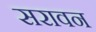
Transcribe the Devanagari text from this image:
सरावन